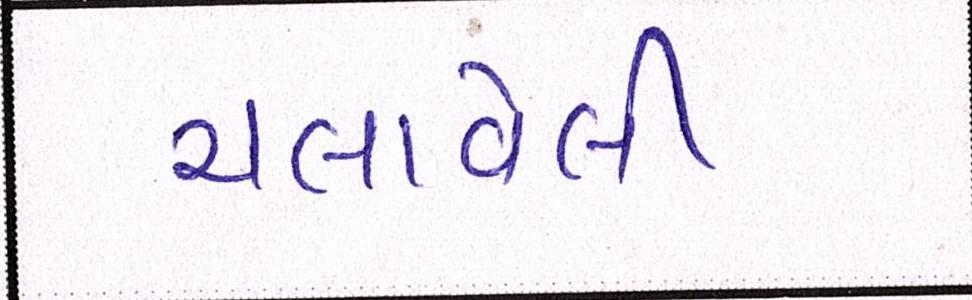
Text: ચલાવેલી